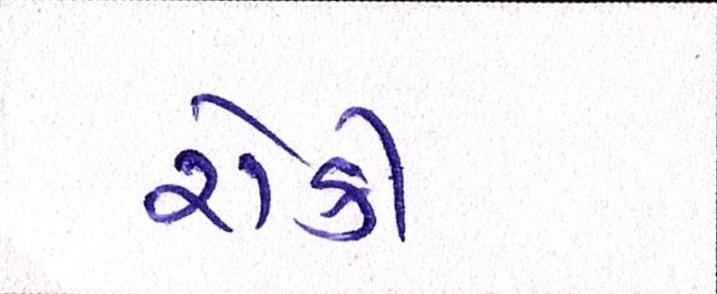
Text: રોકી